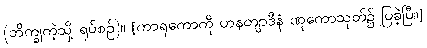
(ဘိက္ခုကဲ့သို့ ရုပ်စဉ်)။ [ကာရုကောကို ဟနတျာဒီနံ ဏုကောသုတ်၌ ပြခဲ့ပြီ။]